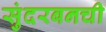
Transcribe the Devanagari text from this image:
सुंदरबनची